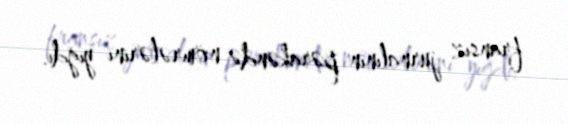
fransız jurnalının pərakəndə nömrələrini yığdı.